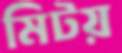
মিটয়